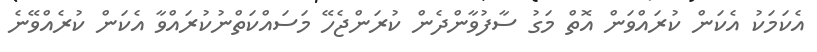
އެކަމަކު އެކަން ކުރައްވަން އޮތް މަގު ސާފުވާންދެން ކުރަންޖެހޭ މަސައްކަތްނުކުރައްވާ އެކަން ކުރެއްވޭނެ